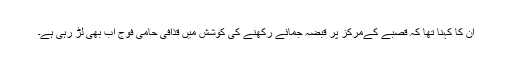
اُن کا کہنا تھا کہ قصبے کےمرکز پر قبضہ جمائے رکھنے کی کوشش میں قذافی حامی فوج اب بھی لڑ رہی ہے۔